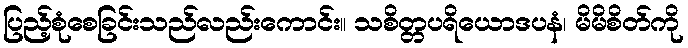
ပြည့်စုံစေခြင်းသည်လည်းကောင်း။ သစိတ္တပရိယောဒပနံ၊ မိမိစိတ်ကို